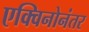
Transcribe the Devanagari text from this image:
एक्विनोनंतर